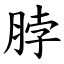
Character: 脖